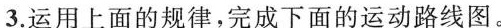
3.运用上面的规律，完成下面的运动路线图。